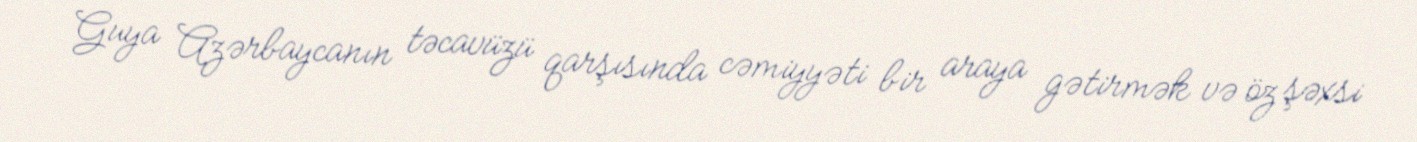
Guya Azərbaycanın təcavüzü qarşısında cəmiyyəti bir araya gətirmək və öz şəxsi